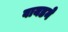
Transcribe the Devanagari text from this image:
वायडने